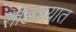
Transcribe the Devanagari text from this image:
सोहळय़ात